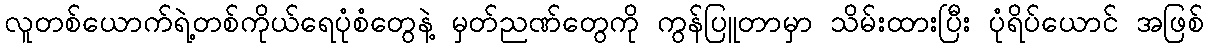
လူတစ်ယောက်ရဲ့တစ်ကိုယ်ရေပုံစံတွေနဲ့ မှတ်ညဏ်တွေကို ကွန်ပြူတာမှာ သိမ်းထားပြီး ပုံရိပ်ယောင် အဖြစ်